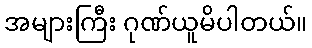
အများကြီး ဂုဏ်ယူမိပါတယ်။